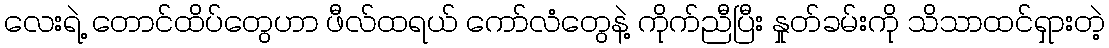
လေးရဲ့ တောင်ထိပ်တွေဟာ ဖီလ်ထရယ် ကော်လံတွေနဲ့ ကိုက်ညီပြီး နှုတ်ခမ်းကို သိသာထင်ရှားတဲ့